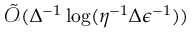
\tilde { \mathcal { O } } ( \Delta ^ { - 1 } \log ( \eta ^ { - 1 } \Delta \epsilon ^ { - 1 } ) )